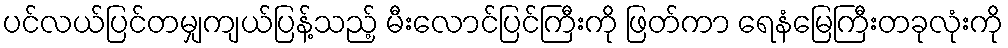
ပင်လယ်ပြင်တမျှကျယ်ပြန့်သည့် မီးလောင်ပြင်ကြီးကို ဖြတ်ကာ ရေနံမြေကြီးတခုလုံးကို